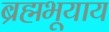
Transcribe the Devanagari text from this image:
ब्रह्मभूयाय